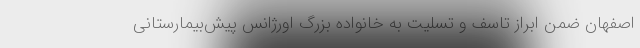
اصفهان ضمن ابراز تاسف و تسلیت به خانواده بزرگ اورژانس پیش‌بیمارستانی